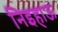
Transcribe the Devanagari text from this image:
निइहाऊ